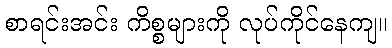
စာရင်းအင်း ကိစ္စများကို လုပ်ကိုင်နေကျ။